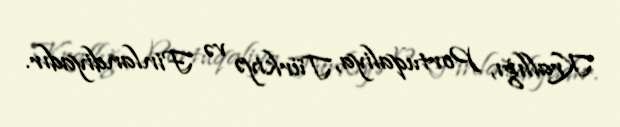
Krallığı, Portuqaliya, Türkiyə və Finlandiyadır.